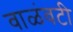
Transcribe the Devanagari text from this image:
वाळंवटी